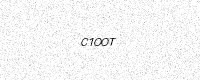
Text: C1OOT